Leaving Certificate Examination, 1923
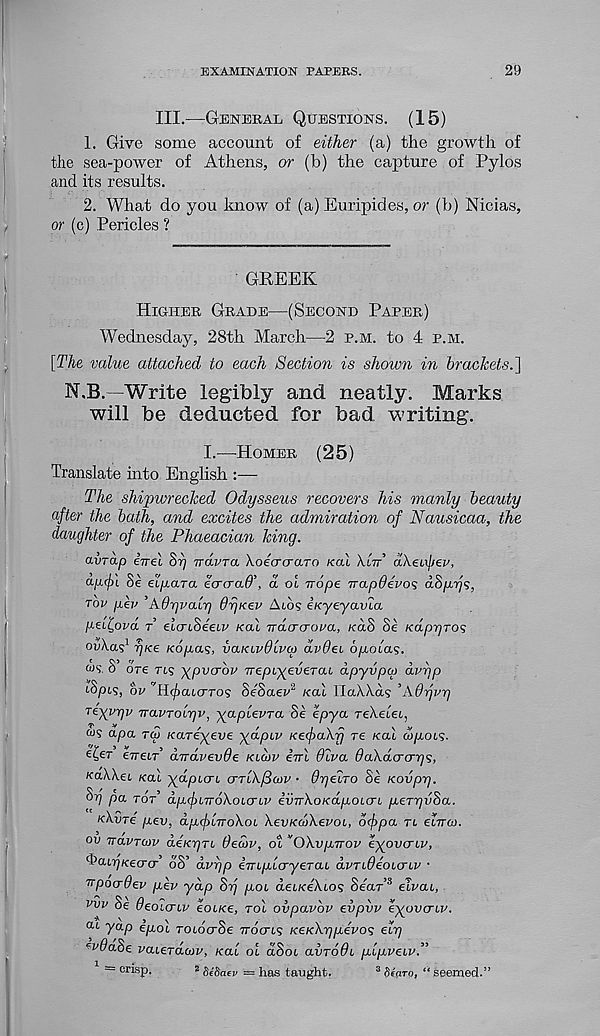
EXAMINATION PAPERS.
29
III.—-General Questions. (15)
1. Give some account of either (a) the growth of
the sea-power of Athens, or (b) the capture of Pylos
and its results.
2. What do you know of (a) Euripides, or (b) Nicias,
or (c) Pericles ?
GREEK
Higher Grade—(Second Parer)
Wednesday, 28th March—2 p.m. to 4 p.m.
[The value attached to each Section is shoivn in brackets.']
N.B.—Write legibly and neatly. Marks
will be deducted for bad writing.
I.—Homer (25)
Translate into English :—
The shipwrecked Odysseus recovers his manly beauty
after the bath, and excites the admiration of Nausicaa, the
daughter of the Phaeacian king.
avrap irrel
irdvra. XoecrcraTo Kal \ltt aXeufjei’,
ap.(j)L Se elyara
, d oi nope napOevos aSyrjs,
tov pep ’Adrjpalr) drjKev A.LO'i iKyeyavia
peL^ovd t elcn.8eeiv Kal ndcrcropa, KaS Se Kapr/ros
ovXas 1 r/Ke Kopaq, vaKivdlvcp dvdet bpolas.
«S'. S ore rt? ypvcrbv nepiyeverai dpyvpcp dvrip
iSpi?, bv Mc^atcrros Se'Saep 2 Kal lIaXA.as ’Adrjpy
Teyyrjp navTolrjv, yaplevra Se epya reXeiei,
w? apa rep icareyeve yapup KefaXfj re /cat capois.
eTretr’ dndvevde klcjv enl diva daXdcrcnrjs,
KaXXei Kal ydptcrt cttIX^(pv • dyeiro Se Kovprj.
Sy pa tot apfiTroXoicriv ivnXoKapoLcri peTTjvSa.
KXvre pev, dpflnoXoi XevKcoXevoL, ofpa rt elnco.
ov navrcov deier/TL dedtv, ot ‘'OXvpnov eyovcriv,
i’aiyKeo-cr oS’ dvyp empicryeTai dvrideoiaLv •
upocrdev pev yap Srj poi deLKeXcos SeaT 3 elvai.,
viiv Se deoicTLv eoLKe, rot ovpavbv evpvv eyovcriv.
at yap epol rotocrSe Trocrts /ce/cXy/aeTo? ely
evdaSe vaieTawv, Kal ot dSot avrodi plpveiv.”
1 = crisp.
2 SeSaer = has taught.
3 fieoro, “ seemed.”